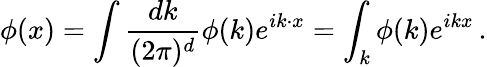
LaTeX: \phi(x)=\int{\frac{dk}{(2\pi)^{d}}}\phi(k)e^{ik\cdot x}=\int_{k}\phi(k)e^{ikx}\, .